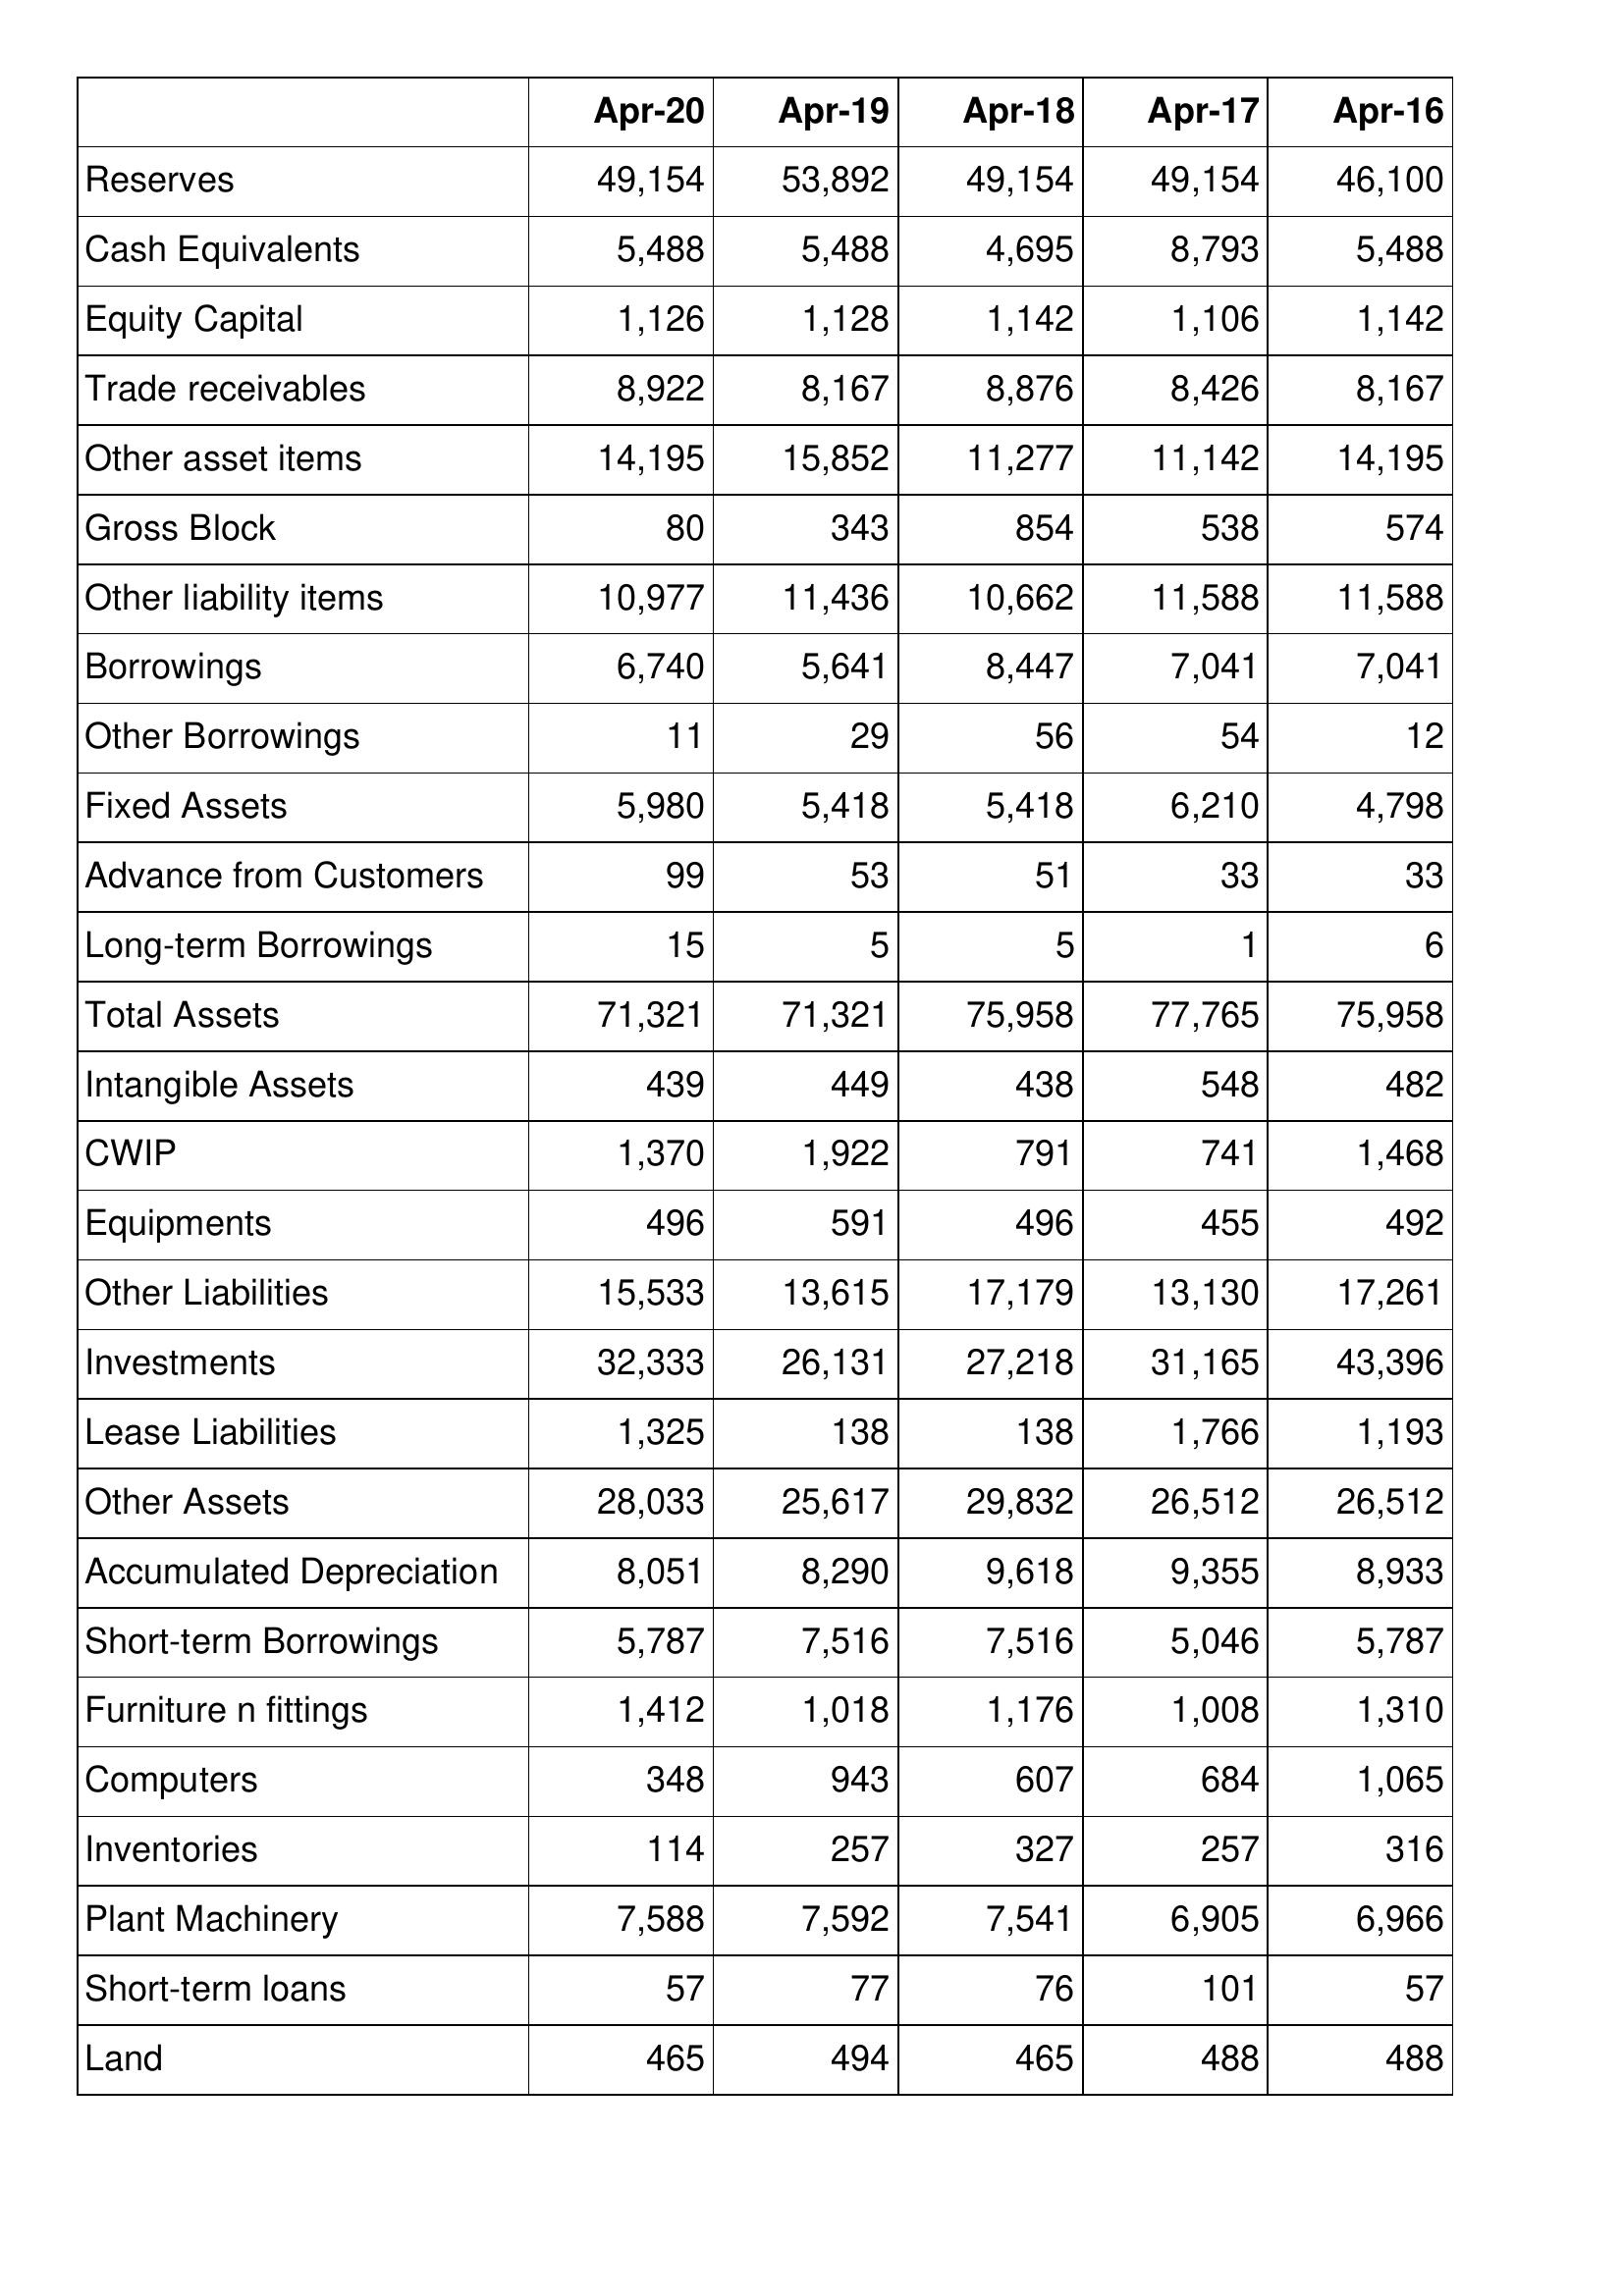
Apr-20: Balance Sheet: Reserves: 49,154
Cash Equivalents: 5,488
Equity Capital: 1,126
Trade receivables: 8,922
Other asset items: 14,195
Gross Block: 80
Other liability items: 10,977
Borrowings: 6,740
Other Borrowings: 11
Fixed Assets: 5,980
Advance from Customers: 99
Long-term Borrowings: 15
Total Assets: 71,321
Intangible Assets: 439
CWIP: 1,370
Equipments: 496
Other Liabilities: 15,533
Investments: 32,333
Lease Liabilities: 1,325
Other Assets: 28,033
Accumulated Depreciation: 8,051
Short-term Borrowings: 5,787
Furniture n fittings: 1,412
Computers: 348
Inventories: 114
Plant Machinery: 7,588
Short-term loans: 57
Land: 465
Apr-19: Balance Sheet: Reserves: 53,892
Cash Equivalents: 5,488
Equity Capital: 1,128
Trade receivables: 8,167
Other asset items: 15,852
Gross Block: 343
Other liability items: 11,436
Borrowings: 5,641
Other Borrowings: 29
Fixed Assets: 5,418
Advance from Customers: 53
Long-term Borrowings: 5
Total Assets: 71,321
Intangible Assets: 449
CWIP: 1,922
Equipments: 591
Other Liabilities: 13,615
Investments: 26,131
Lease Liabilities: 138
Other Assets: 25,617
Accumulated Depreciation: 8,290
Short-term Borrowings: 7,516
Furniture n fittings: 1,018
Computers: 943
Inventories: 257
Plant Machinery: 7,592
Short-term loans: 77
Land: 494
Apr-18: Balance Sheet: Reserves: 49,154
Cash Equivalents: 4,695
Equity Capital: 1,142
Trade receivables: 8,876
Other asset items: 11,277
Gross Block: 854
Other liability items: 10,662
Borrowings: 8,447
Other Borrowings: 56
Fixed Assets: 5,418
Advance from Customers: 51
Long-term Borrowings: 5
Total Assets: 75,958
Intangible Assets: 438
CWIP: 791
Equipments: 496
Other Liabilities: 17,179
Investments: 27,218
Lease Liabilities: 138
Other Assets: 29,832
Accumulated Depreciation: 9,618
Short-term Borrowings: 7,516
Furniture n fittings: 1,176
Computers: 607
Inventories: 327
Plant Machinery: 7,541
Short-term loans: 76
Land: 465
Apr-17: Balance Sheet: Reserves: 49,154
Cash Equivalents: 8,793
Equity Capital: 1,106
Trade receivables: 8,426
Other asset items: 11,142
Gross Block: 538
Other liability items: 11,588
Borrowings: 7,041
Other Borrowings: 54
Fixed Assets: 6,210
Advance from Customers: 33
Long-term Borrowings: 1
Total Assets: 77,765
Intangible Assets: 548
CWIP: 741
Equipments: 455
Other Liabilities: 13,130
Investments: 31,165
Lease Liabilities: 1,766
Other Assets: 26,512
Accumulated Depreciation: 9,355
Short-term Borrowings: 5,046
Furniture n fittings: 1,008
Computers: 684
Inventories: 257
Plant Machinery: 6,905
Short-term loans: 101
Land: 488
Apr-16: Balance Sheet: Reserves: 46,100
Cash Equivalents: 5,488
Equity Capital: 1,142
Trade receivables: 8,167
Other asset items: 14,195
Gross Block: 574
Other liability items: 11,588
Borrowings: 7,041
Other Borrowings: 12
Fixed Assets: 4,798
Advance from Customers: 33
Long-term Borrowings: 6
Total Assets: 75,958
Intangible Assets: 482
CWIP: 1,468
Equipments: 492
Other Liabilities: 17,261
Investments: 43,396
Lease Liabilities: 1,193
Other Assets: 26,512
Accumulated Depreciation: 8,933
Short-term Borrowings: 5,787
Furniture n fittings: 1,310
Computers: 1,065
Inventories: 316
Plant Machinery: 6,966
Short-term loans: 57
Land: 488